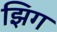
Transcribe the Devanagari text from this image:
झिग